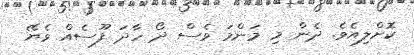
ކޮށްލިއެވެ. ދެން މި މަންމަ ވެސް ދޯ ހާދަ ފޫސެއް ވެޔޭ